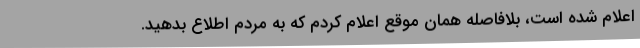
اعلام شده است،‌ بلافاصله همان موقع اعلام کردم که به مردم اطلاع بدهید.